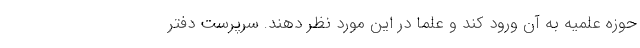
حوزه علمیه به آن ورود کند و علما در این مورد نظر دهند. سرپرست دفتر